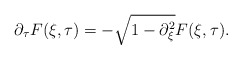
\begin{align*}\partial_{\tau}F(\xi,\tau) & = -\sqrt{1-\partial_{\xi}^{2}} F(\xi,\tau).\end{align*}